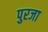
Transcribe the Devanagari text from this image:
पुरजा